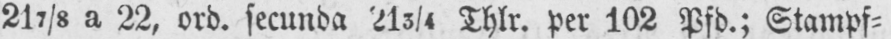
217/8 a 22, ord. secunda 213/4 Thlr. per 102 Pfd.; Stampf⸗